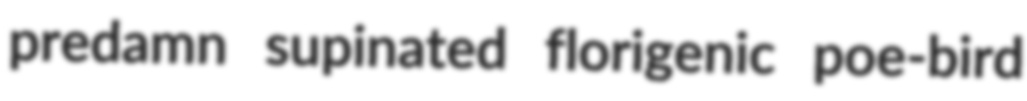
predamn supinated florigenic poe-bird